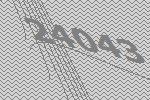
24043